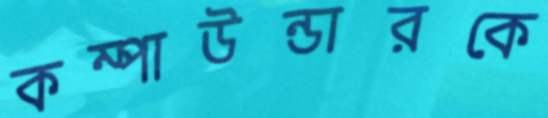
কম্পাউন্ডারকে